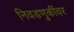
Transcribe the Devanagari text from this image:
निवडणुकींवर